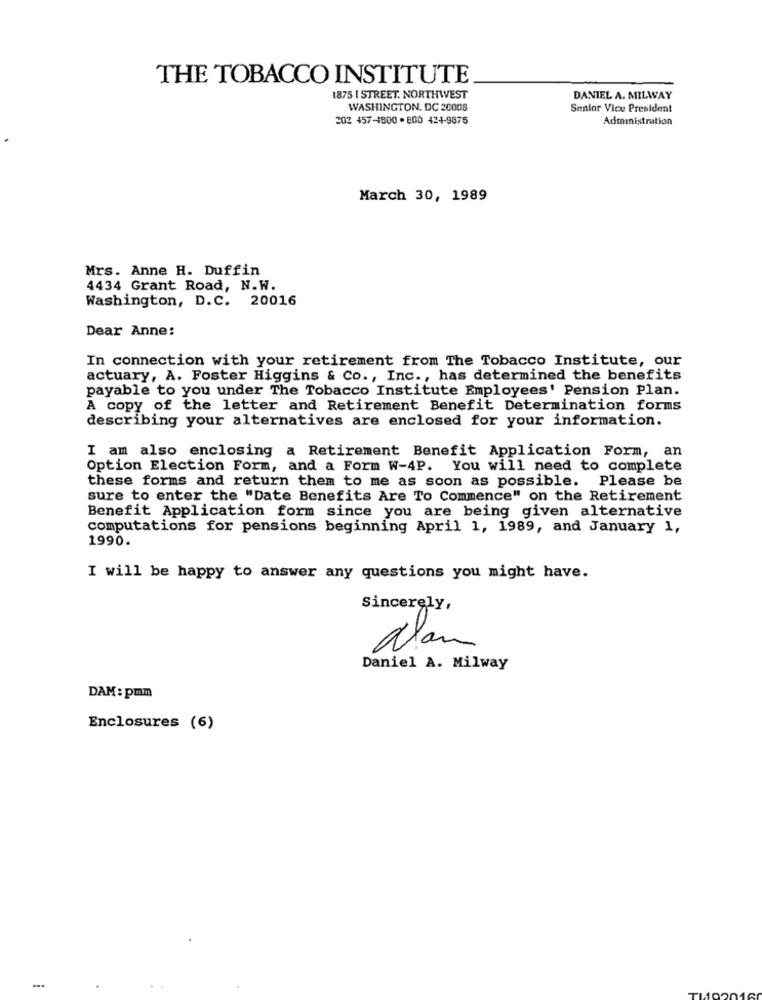
THE TOBACCO INSTITUTE
1875 I STREET. NORTHWEST
DANIEL A. MILWAY
WASHINGTON, DC 20008
Senior Vice President
202 457-1800 . 800 424-9875
Administration
March 30, 1989
Mrs. Anne H. Duffin
4434 Grant Road, N.W.
Washington, D.C. 20016
Dear Anne:
In connection with your retirement from The Tobacco Institute, our
actuary, A. Foster Higgins & Co ., Inc ., has determined the benefits
payable to you under The Tobacco Institute Employees' Pension Plan.
A copy of the letter and Retirement Benefit Determination forms
describing your alternatives are enclosed for your information.
I am also enclosing a Retirement Benefit Application Form, an
Option Election Form, and a Form W-4P. You will need to complete
these forms and return them to me as soon as possible. Please be
sure to enter the "Date Benefits Are To Commence" on the Retirement
Benefit Application form since you are being given alternative
computations for pensions beginning April 1, 1989, and January 1,
1990.
I will be happy to answer any questions you might have.
Sincerely,
Nan
Daniel A. Milway
DAM: pmm
Enclosures (6)